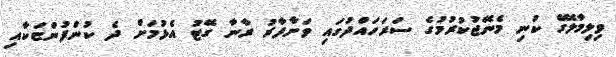
ވިލިމާލޭގެ ކުނި މެނޭޖުކުރުމުގެ ސަރަހައްދުގައި ވަށާފާރު ރާނާ ގޭޓު އެޅުމަށް ދެ ކުންފުންޏަކާއި